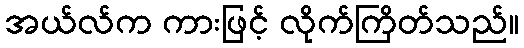
အယ်လ်က ကားဖြင့် လိုက်ကြိတ်သည်။